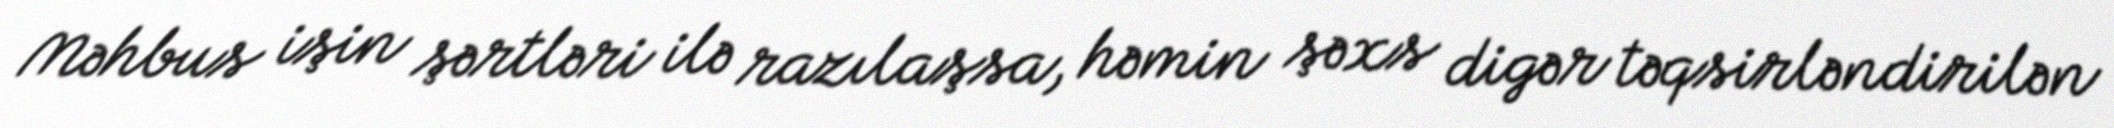
Məhbus işin şərtləri ilə razılaşsa, həmin şəxs digər təqsirləndirilən